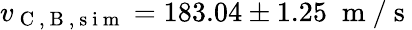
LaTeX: v_{\mathrm{~C~},\mathrm{~B~},\mathrm{~s~i~m~}}=183.04\pm 1.25\; \mathrm{~m~}/\mathrm{~s~}